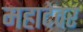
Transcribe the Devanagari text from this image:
महादेवर